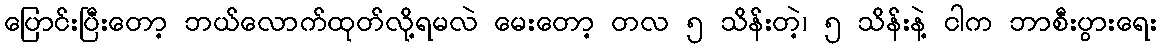
ပြောင်းပြီးတော့ ဘယ်လောက်ထုတ်လို့ရမလဲ မေးတော့ တလ ၅ သိန်းတဲ့၊ ၅ သိန်းနဲ့ ငါက ဘာစီးပွားရေး